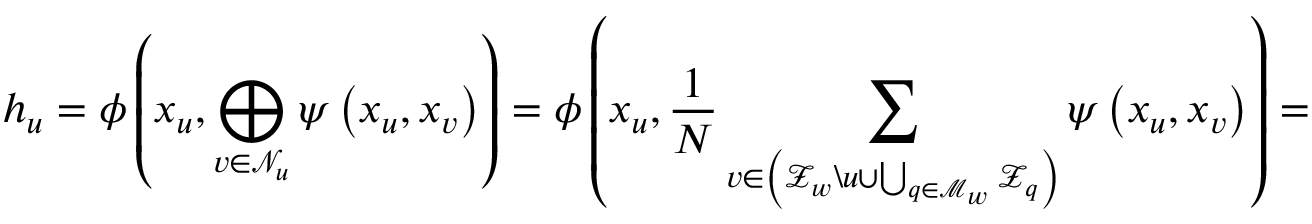
h _ { u } = \phi \left( x _ { u } , \bigoplus _ { v \in \mathcal { N } _ { u } } \psi \left( x _ { u } , x _ { v } \right) \right) = \phi \left( x _ { u } , \frac { 1 } { N } \sum _ { v \in \left( \mathcal { Z } _ { w } \backslash u \cup \bigcup _ { q \in \mathcal { M } _ { w } } \mathcal { Z } _ { q } \right) } \psi \left( x _ { u } , x _ { v } \right) \right) =